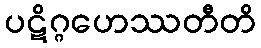
ပဋိဂ္ဂဟေဿတီတိ